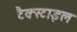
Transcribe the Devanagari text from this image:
टैक्स्टाइल